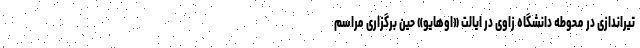
تیراندازی در محوطه دانشگاه زاوی در ایالت «اوهایو» حین برگزاری مراسم